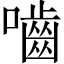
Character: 嚙